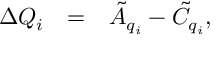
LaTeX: \begin{array} { c l l l c } { { \Delta Q _ { i } } } & { { = } } & { { \tilde { A } _ { q _ { i } } - \tilde { C } _ { q _ { i } } , } } \end{array}